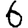
Digit: 6